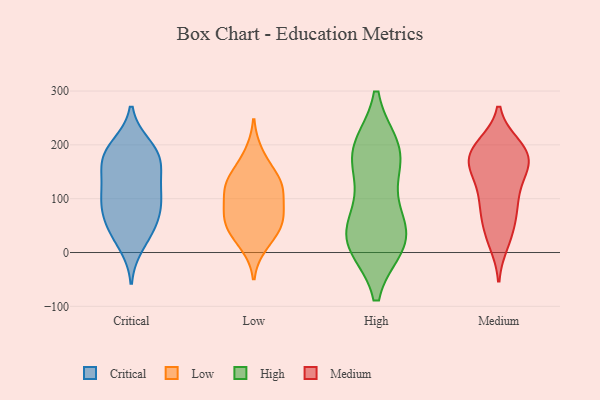
{"axis": {"x": "Operating Costs (USD K)", "y": "Value"}, "legend": ["Critical", "High", "Low", "Medium"], "data": [{"x": "", "y": 108, "type": "Critical"}, {"x": "", "y": 69, "type": "Critical"}, {"x": "", "y": 172, "type": "Critical"}, {"x": "", "y": 200, "type": "Critical"}, {"x": "", "y": 90, "type": "Critical"}, {"x": "", "y": 165, "type": "Critical"}, {"x": "", "y": 30, "type": "Critical"}, {"x": "", "y": 103, "type": "Critical"}, {"x": "", "y": 123, "type": "Critical"}, {"x": "", "y": 186, "type": "Critical"}, {"x": "", "y": 122, "type": "Critical"}, {"x": "", "y": 76, "type": "Critical"}, {"x": "", "y": 162, "type": "Critical"}, {"x": "", "y": 45, "type": "Critical"}, {"x": "", "y": 200, "type": "Critical"}, {"x": "", "y": 166, "type": "Critical"}, {"x": "", "y": 13, "type": "Critical"}, {"x": "", "y": 57, "type": "Critical"}, {"x": "", "y": 50, "type": "Low"}, {"x": "", "y": 73, "type": "Low"}, {"x": "", "y": 128, "type": "Low"}, {"x": "", "y": 110, "type": "Low"}, {"x": "", "y": 34, "type": "Low"}, {"x": "", "y": 15, "type": "Low"}, {"x": "", "y": 183, "type": "Low"}, {"x": "", "y": 144, "type": "Low"}, {"x": "", "y": 113, "type": "Low"}, {"x": "", "y": 132, "type": "Low"}, {"x": "", "y": 68, "type": "Low"}, {"x": "", "y": 62, "type": "Low"}, {"x": "", "y": 40, "type": "High"}, {"x": "", "y": 21, "type": "High"}, {"x": "", "y": 21, "type": "High"}, {"x": "", "y": 175, "type": "High"}, {"x": "", "y": 193, "type": "High"}, {"x": "", "y": 32, "type": "High"}, {"x": "", "y": 100, "type": "High"}, {"x": "", "y": 17, "type": "High"}, {"x": "", "y": 187, "type": "High"}, {"x": "", "y": 185, "type": "High"}, {"x": "", "y": 92, "type": "Medium"}, {"x": "", "y": 199, "type": "Medium"}, {"x": "", "y": 198, "type": "Medium"}, {"x": "", "y": 155, "type": "Medium"}, {"x": "", "y": 182, "type": "Medium"}, {"x": "", "y": 194, "type": "Medium"}, {"x": "", "y": 170, "type": "Medium"}, {"x": "", "y": 164, "type": "Medium"}, {"x": "", "y": 186, "type": "Medium"}, {"x": "", "y": 166, "type": "Medium"}, {"x": "", "y": 18, "type": "Medium"}, {"x": "", "y": 70, "type": "Medium"}, {"x": "", "y": 139, "type": "Medium"}, {"x": "", "y": 28, "type": "Medium"}, {"x": "", "y": 45, "type": "Medium"}, {"x": "", "y": 94, "type": "Medium"}, {"x": "", "y": 87, "type": "Medium"}, {"x": "", "y": 134, "type": "Medium"}]}